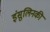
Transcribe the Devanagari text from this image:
इंसुलिनकी